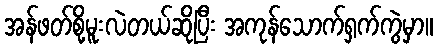
အန်ဖတ်စို့မူးလဲတယ်ဆိုပြီး အကုန်သောက်ရှက်ကွဲမှာ။